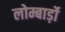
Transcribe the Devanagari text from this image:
लोम्बार्ड़ो